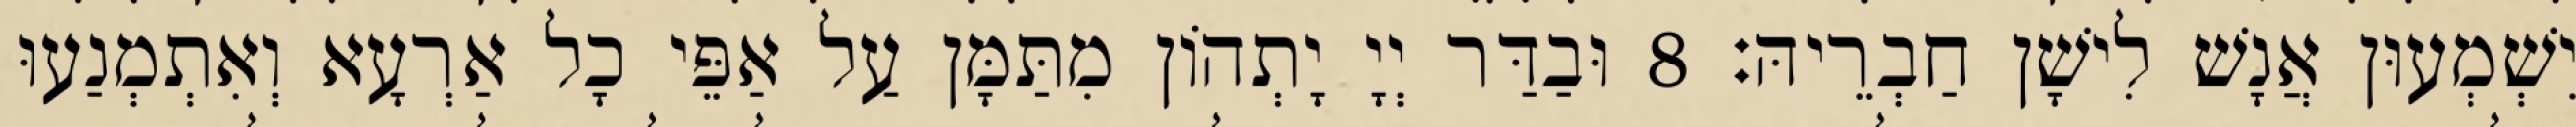
יִשְׁמְעוּן אֲנָשׁ לִישָׁן חַבְרֵיהּ׃ 8 וּבַדַּר יְיָ יָתְהוֹן מִתַּמָּן עַל אַפֵּי כָל אַרְעָא וְאִתְמְנַעוּ